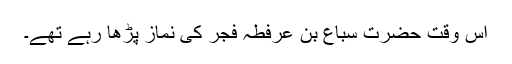
اس وقت حضرت سباع بن عرفطہ فجر کی نماز پڑھا رہے تھے۔